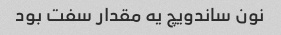
نون ساندویچ یه مقدار سفت بود